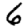
Digit: 6